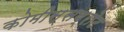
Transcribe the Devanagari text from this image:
कोमीस्सब्रोट